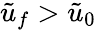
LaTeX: \tilde{u}_{f}>\tilde{u}_{0}